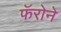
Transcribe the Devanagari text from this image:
फॅरोने